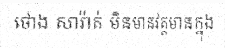
ថោង សារ៉ាត់ មិនមានវត្តមានក្នុង